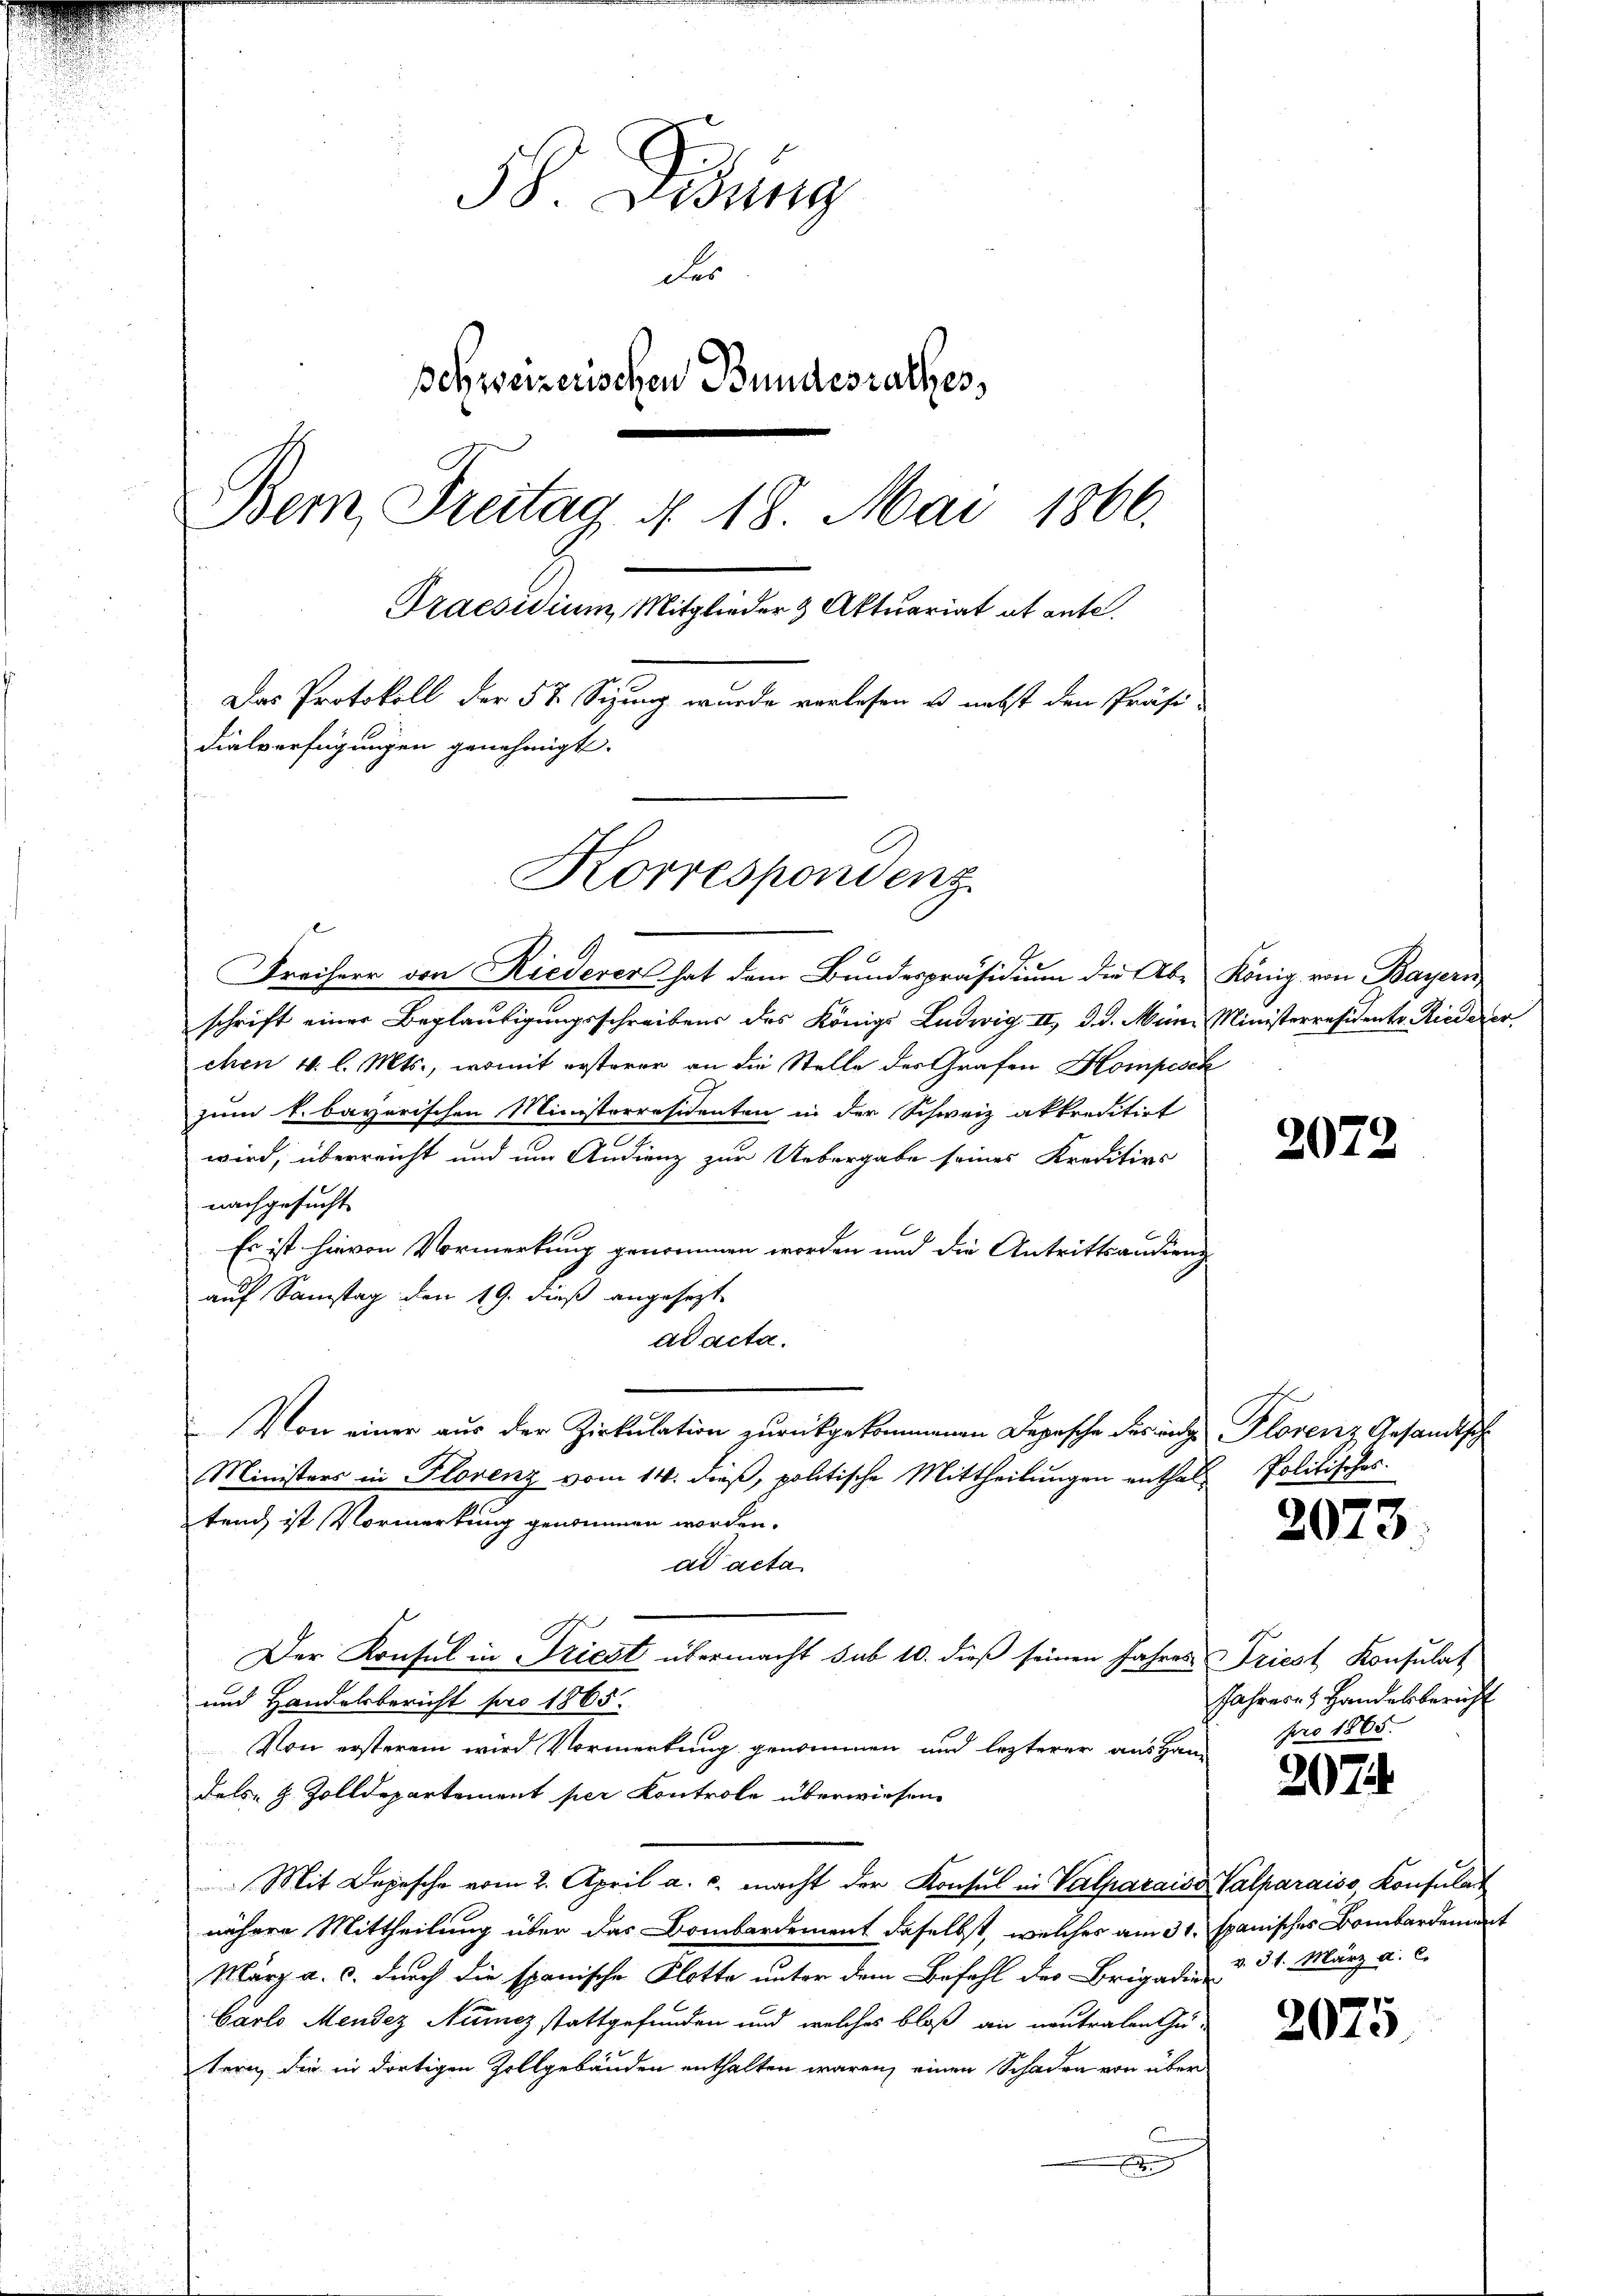
58. Lesung
der
schweizerischen Bundesrathes,
Bem, Freitag N. 18. Mai 1866.
Praesidium Mitglieder & Aktuariat ab ante.
Das Protokoll der 5 % Sizung wurde verlesen u. nebst den Präsi-
dialverfügungen genehmigt.
Korrespondenz

Freiherr von Riederer hat dem Bundespräsidium die Aber König von Bayern
schrift einer Beglaubigungsschreibens des Königs Ludwig II, d. d. Mani Ministerresident. Riederer
chen 4. l. Mts., womit ersterer an die Stelle des Grafen Hompesch
zum k. bayerischen Ministerresidenten in der Schweiz akkreditirt
wird, überreicht und um Andienz zur Uebergabe seines Kreditivs
nachgesucht
Es ist hievon Vormerkung genommen worden und die Antrittsandieng
auf Samstag den 19. dieß angesezt
ad acta.
Von einer aus der Zirkulation zurückgekommenen Depesche des und Plorenz Gesandtsch
Ministers in Florenz vom 14. dieß, politische Mittheilungen enthaltend ist Vormerkung genommen worden.
ad acta
Der Konsul in Friest übermacht sub 10. dieß seinen Jahres Priest Konsulat
und Handelsbericht pro 1865.
Von ersterem wird Vormerkung genommen und lezterer aus Handels- & Zolldepartement per Kontrole überwiesen
Mit Depesche vom 2. April a. c. macht der Konsul in Valparaise Valparaiss, Konsulat
nähere Mittheilung über das Bombardement daselbst, welches am 31. Spanisches Bombardement
März a. c. durch die spanische Flotte unter dem Befehl des Brigaden § 31. März a. c.
Carlo Mendez Numez stattgefunden und welches bloß an neutralenthu-
tern, die in dortigen Zollgebäuden enthalten waren, einen Schaden von über
E

2072

Politisches.

2073

Jahrere Handelsbericht
pro 1865.

207.

2075